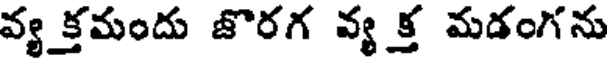
వ్యక్తమందు జొరగ వ్యక్త మడంగను